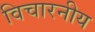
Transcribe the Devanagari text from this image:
विचारनीय